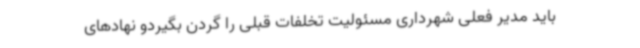
باید مدیر فعلی شهرداری مسئولیت تخلفات قبلی را گردن بگیردو نهادهای